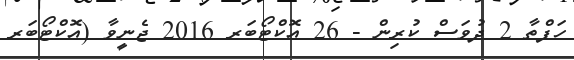
ހަފްތާ 2 ދުވަސް ކުރިން - 26 އޮކްޓޯބަރ 2016 ޖެނީވާ (އޮކްޓޯބަރ